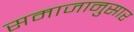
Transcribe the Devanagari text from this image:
समाजानुसार